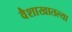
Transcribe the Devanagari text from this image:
वैशाखातल्या